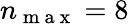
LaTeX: n_{\mathrm{~m~a~x~}}=8